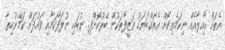
އެތައް އާއިލާއެއް ނިކަމެތިކޮށް އެތައްބަޔަކު ވަޒީފާތަކުން ބޭރުކޮށްފި. ނުބައި ނުލަފާކަމާއި ވައުދަށް ކަމޭނުހިތާ